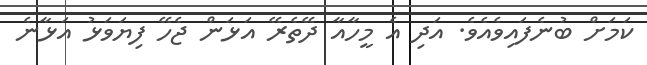
ކަަމަށް ބުނެފައިވެއެވެ. އަދި އެ މީހާއާ ދޭތެރޭ އަޅަން ޖެހޭ ފިޔަވަޅު އަޅާނެ